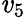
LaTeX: \mathit{v}_{5}